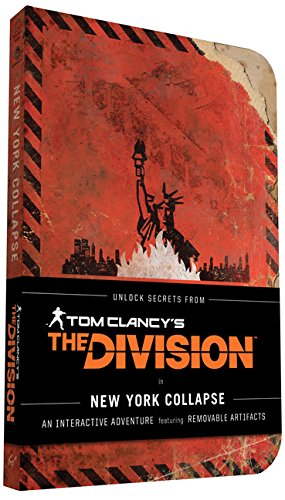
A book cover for Tom Clancy's The Division: New York Collapse; Ubisoft; Arts & Photography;